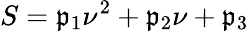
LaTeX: S=\mathfrak{p}_{1}\nu^{2}+\mathfrak{p}_{2}\nu+\mathfrak{p}_{3}